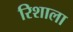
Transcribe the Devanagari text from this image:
रिशाला